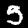
Label: 5